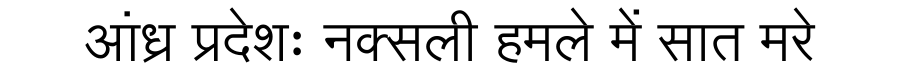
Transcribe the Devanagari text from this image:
आंध्र प्रदेशः नक्सली हमले में सात मरे